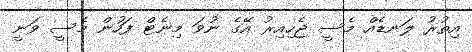
އިތުރު ލަނޑެއް މެސީ ޖެހިއިރު އޭގެ ނުވަ މިނެޓް ފަހުން މެސީ ވަނީ